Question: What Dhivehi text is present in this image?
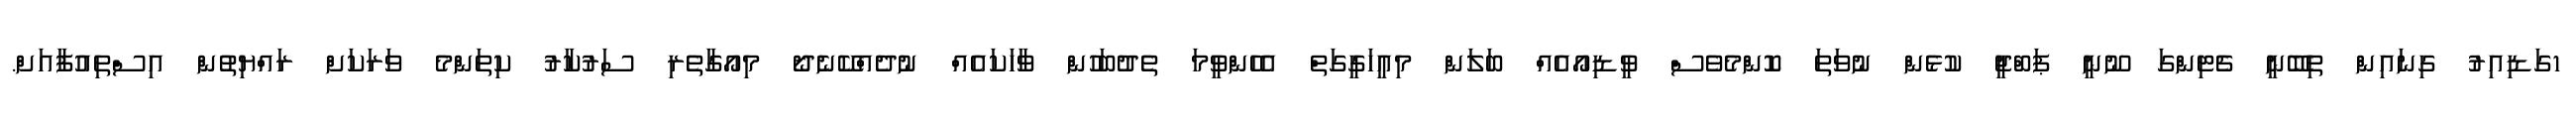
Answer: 1ގަޑިއިރު ގިނައިން ތިބޭނީ ޗެޓިންގަ ނޫނީ ޕަބްޖީ ކުޅެން ނުވަތަ ކޮންމެވެސް ވީޑިއޯއެއް ބަލަން މިއީހަގީގަތް އެހެންވީމަ ތެދުބަހުން ވާހަކައެއް ނުދެއްކޭނެދޯ މިއޯގާތެރި ސަރުކާރު ކިތަންމެ ވަރަކަށް ރައްޔިތުން އިސްތިއުފާއަށް.